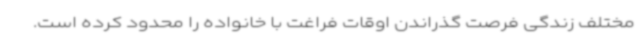
مختلف زندگی فرصت گذراندن اوقات فراغت با خانواده را محدود کرده است.